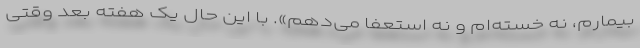
بیمارم، نه خسته‌ام و نه استعفا می‌دهم». با این حال یک هفته بعد وقتی